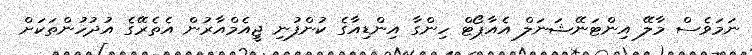
ނަމަވެސް މާލޭ އިންޓަނޭޝަނަލް އެއާޕޯޓް ހިންގާ އިންޑިއާގެ ކުންފުނި ޖީއެމްއާރުން އެތެރޭގެ އުދުހުންތަކަށް